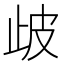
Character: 𣥣